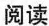
阅读